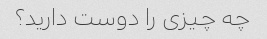
چه چیزی را دوست دارید؟